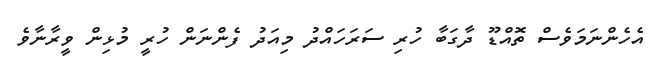
އެހެންނަމަވެސް ތޮއްޑޫ ދާގަބާ ހުރި ސަރަހައްދު މިއަދު ފެންނަން ހުރީ މުޅިން ވީރާނާވެ